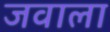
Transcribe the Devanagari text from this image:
जवाला